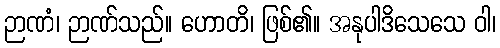
ဉာဏံ၊ ဉာဏ်သည်။ ဟောတိ၊ ဖြစ်၏။ အနုပါဒိသေသေ ဝါ၊